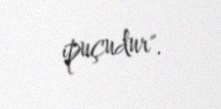
ipuçudur".